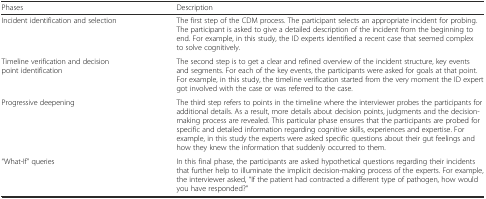
<table><thead><tr><td><b>Phases</b></td><td><b>Description</b></td></tr></thead><tbody><tr><td>Incident identification and selection</td><td>The first step of the CDM process. The participant selects an appropriate incident for probing. The participant is asked to give a detailed description of the incident from the beginning to end. For example, in this study, the ID experts identified a recent case that seemed complex to solve cognitively.</td></tr><tr><td>Timeline verification and decision point identification</td><td>The second step is to get a clear and refined overview of the incident structure, key events and segments. For each of the key events, the participants were asked for goals at that point. For example, in this study, the timeline verification started from the very moment the ID expert got involved with the case or was referred to the case.</td></tr><tr><td>Progressive deepening</td><td>The third step refers to points in the timeline where the interviewer probes the participants for additional details. As a result, more details about decision points, judgments and the decision-making process are revealed. This particular phase ensures that the participants are probed for specific and detailed information regarding cognitive skills, experiences and expertise. For example, in this study the experts were asked specific questions about their gut feelings and how they knew the information that suddenly occurred to them.</td></tr><tr><td>“What-If” queries</td><td>In this final phase, the participants are asked hypothetical questions regarding their incidents that further help to illuminate the implicit decision-making process of the experts. For example, the interviewer asked, “If the patient had contracted a different type of pathogen, how would you have responded?”</td></tr></tbody></table>